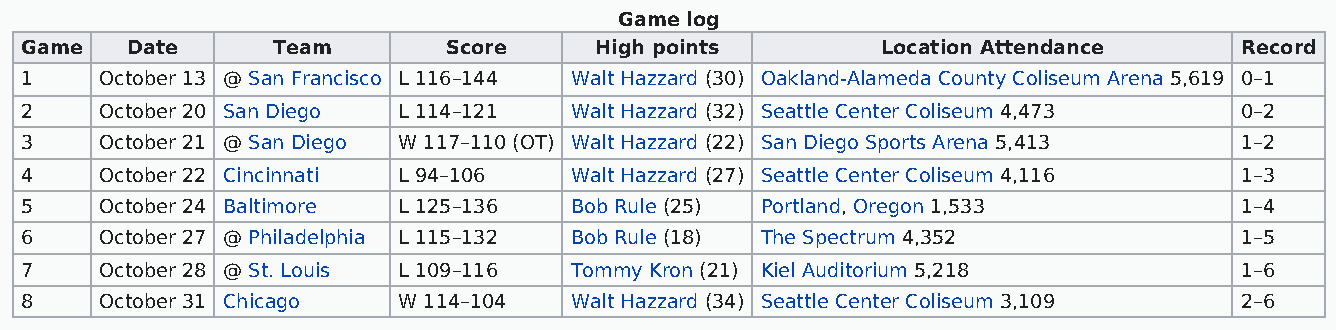
Game log
 Game   Date      Team       Score     High points        Location Attendance     Record
 1     October 13 @ San Francisco L 116–144 Walt Hazzard (30) Oakland-Alameda County Coliseum Arena 5,619 0–1
 2     October 20 San Diego L 114–121 Walt Hazzard (32) Seattle Center Coliseum 4,473 0–2
 3     October 21 @ San Diego W 117–110 (OT) Walt Hazzard (22) San Diego Sports Arena 5,413 1–2
 4     October 22 Cincinnati L 94–106 Walt Hazzard (27) Seattle Center Coliseum 4,116 1–3
 5     October 24 Baltimore L 125–136 Bob Rule (25) Portland, Oregon 1,533        1–4
 6     October 27 @ Philadelphia L 115–132 Bob Rule (18) The Spectrum 4,352       1–5
 7     October 28 @ St. Louis L 109–116 Tommy Kron (21) Kiel Auditorium 5,218     1–6
 8     October 31 Chicago W 114–104   Walt Hazzard (34) Seattle Center Coliseum 3,109 2–6